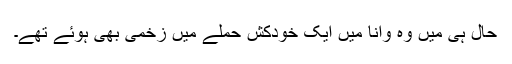
حال ہی میں وہ وانا میں ایک خودکش حملے میں زخمی بھی ہوئے تھے۔